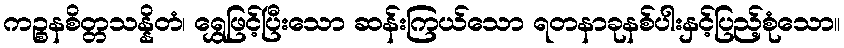
ကဉ္စနစိတ္တသန္နိတံ၊ ရွှေဖြင့်ပြီးသော ဆန်းကြယ်သော ရတနာခုနစ်ပါးနှင့်ပြည့်စုံသော။